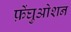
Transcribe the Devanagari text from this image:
फ़ेंघुओशन